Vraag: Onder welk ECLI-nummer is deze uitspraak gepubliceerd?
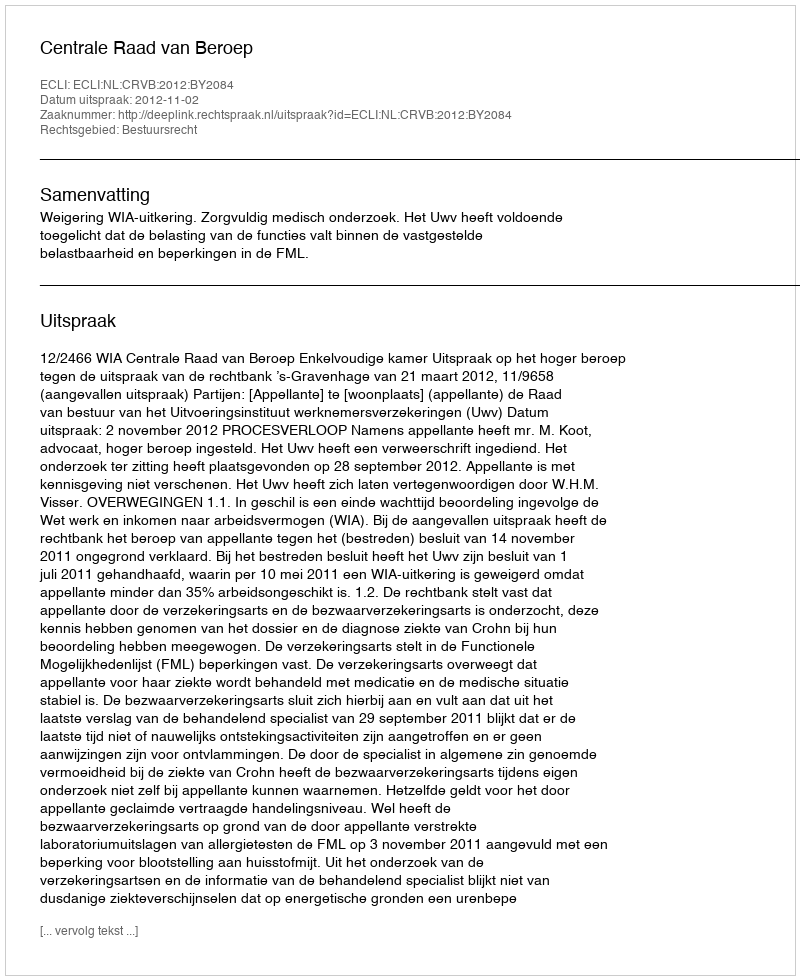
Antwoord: ECLI:NL:CRVB:2012:BY2084